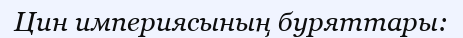
Цин империясының буряттары: